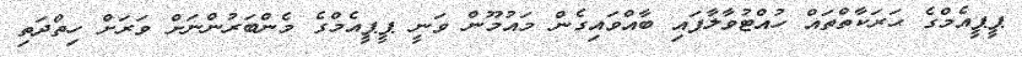
ޕީޕީއެމްގެ ޙަރަކާތްތައް ހުއްޓުވާލާފައި ބާއްވައިގެން މައުމޫން ވަނީ ޕީޕީއެމްގެ މެންބަރުންނަށް ވަރަށް ހިތްދަތި